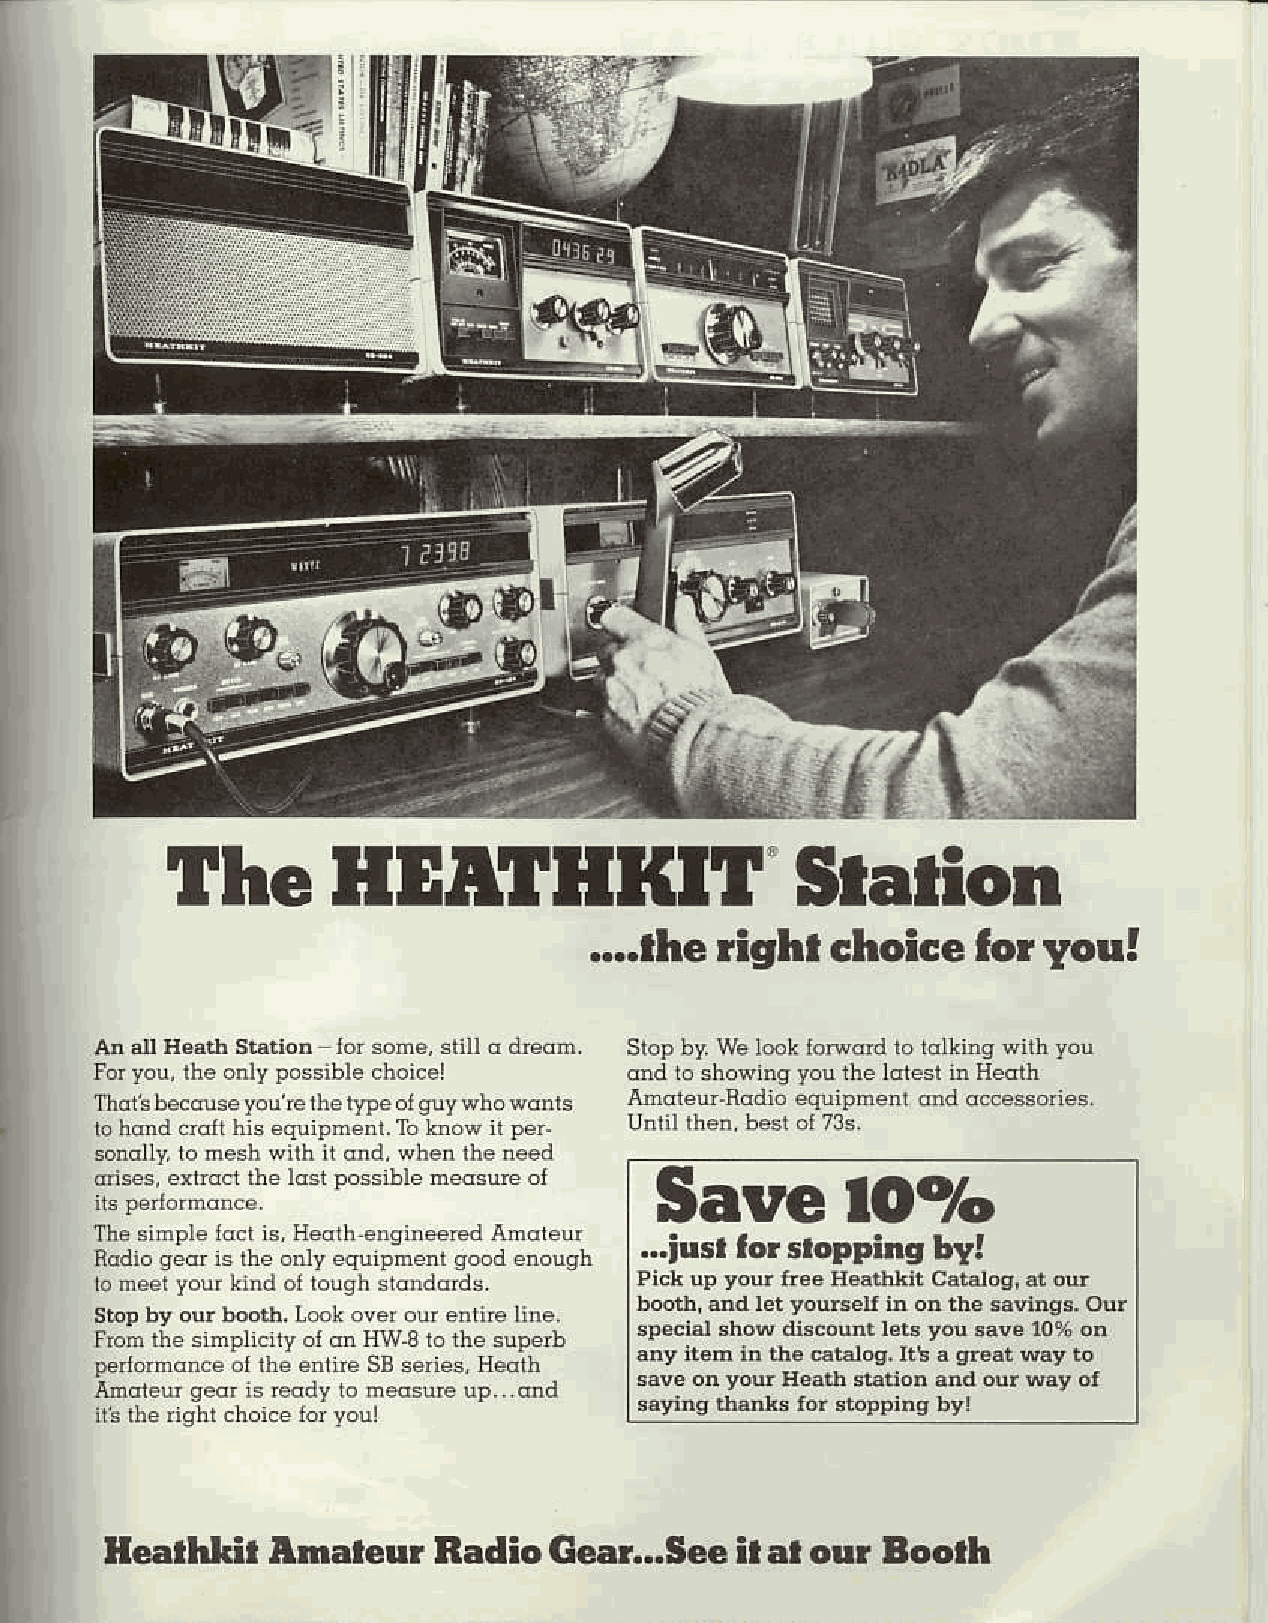
e
 I
 ."p
 "r{
 The        HDATHITIT                      Station
 ....rhe  fighr  choice    lor you!
 An arl H6ath Srdtion lo. sone, still o drcod. Slop by. We l@k loB@d ro rdlking wilh rou
 Fory ou, lhe onty po*ible choicel   ond roshowi.g you rhe ldlesr ir Heoth
 I]idi! becduse youte ihe lype ol quy who wdnls Amareu.Rddio equilneri @d qccessones.
 lo hdnd crdlt his equipmenr. To knov ir !e.
 sondlly,i o hesh with ii dnd, when Iheneed
 ois€s, €xtdcr rhe ldsi possible n€dsure ol Sarrc  lOTo
 The sinple ldci is Heqih ensinered Amdieur
 ...iusl lor sropping by!
 Bodio geor is rhe only equipnenr good enough
 loneet youf kind ol lough srdnddrds. Fi.k up you tree BeathLit Catalos, ai dr
 booth, md ld yoursen ir on the savingr. our
 sbpby ou! booth. LmL over ou!enlire line.
 sp€cirl show discount lds you sawe 10% on
 Frcn rhe sinllicily ol on HW-8 ro rhe superb
 any il6m ir th€ catalog. ft! a gr6.i My b
 perlornonce oI the enlne SB seies, Heoth
 save on you Heath .taiion ald our way ot
 Andieur ged is Eddy 1on esu€!p...dnd
 'ayingtr'$ksfor$oppingby|
 ii's rhe ishi choice 1or you!
 Heallrkil  Atnaleur   Radio  Gear.-See    iI al our Eoolh